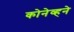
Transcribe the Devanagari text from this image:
कोनेव्हने